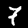
Digit: 7